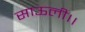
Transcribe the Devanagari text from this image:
साऊली।।